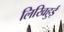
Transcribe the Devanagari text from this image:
लिखिहुई